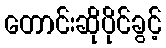
တောင်းဆိုပိုင်ခွင့်